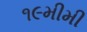
૧૯મીમી